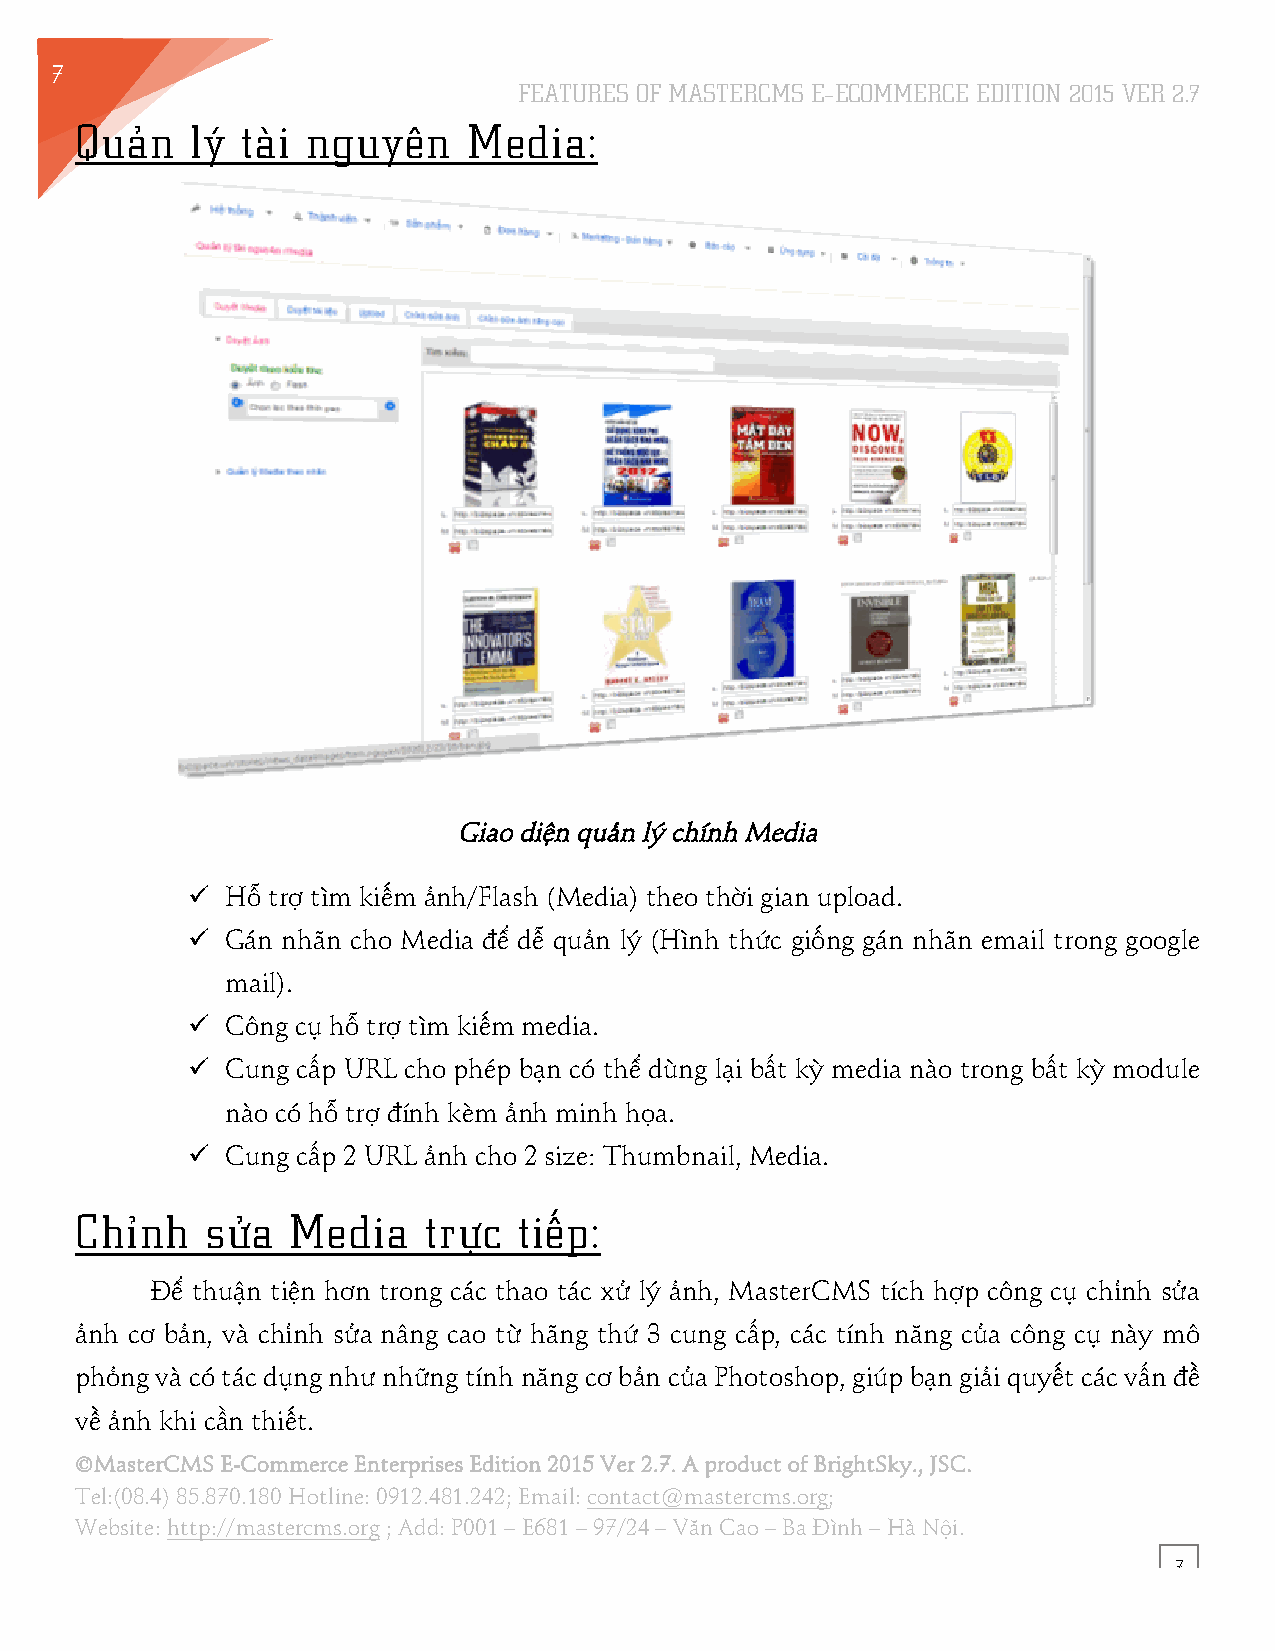
7
 FEATURES OF MASTERCMS E–ECOMMERCE EDITION 2015 VER 2.7
 1
 Quản    lý tài nguyên     Media:
 Giao diện quản lý chính Media
 !! Hỗ trợ tìm kiếm ảnh/Flash (Media) theo thời gian upload.
 !! Gán nhãn cho Media để dễ quản lý (Hình thức giống gán nhãn email trong google
 mail).
 !! Công cụ hỗ trợ tìm kiếm media.
 !! Cung cấp URL cho phép bạn có thể dùng lại bất kỳ media nào trong bất kỳ module
 nào có hỗ trợ đính kèm ảnh minh họa.
 !! Cung cấp 2 URL ảnh cho 2 size: Thumbnail, Media.
 Chỉnh    sửa  Media    trực  tiếp:
 Để thuận tiện hơn trong các thao tác xử lý ảnh, MasterCMS tích hợp công cụ chỉnh sửa
 ảnh cơ bản, và chỉnh sửa nâng cao từ hãng thứ 3 cung cấp, các tính năng của công cụ này mô
 phỏng và có tác dụng như những tính năng cơ bản của Photoshop, giúp bạn giải quyết các vấn đề
 về ảnh khi cần thiết.
 ©MasterCMS E-Commerce Enterprises Edition 2015 Ver 2.7. A product of BrightSky., JSC.
 Tel:(08.4) 85.870.180 Hotline: 0912.481.242; Email: contact@mastercms.org;
 Website: http://mastercms.org ; Add: P001 – E681 – 97/24 – Văn Cao – Ba Đình – Hà Nội.
 7